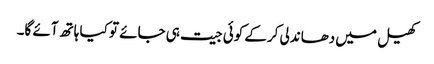
کھیل میں دھاندلی کرکے کوئی جیت ہی جائے تو کیا ہاتھ آئے گا۔